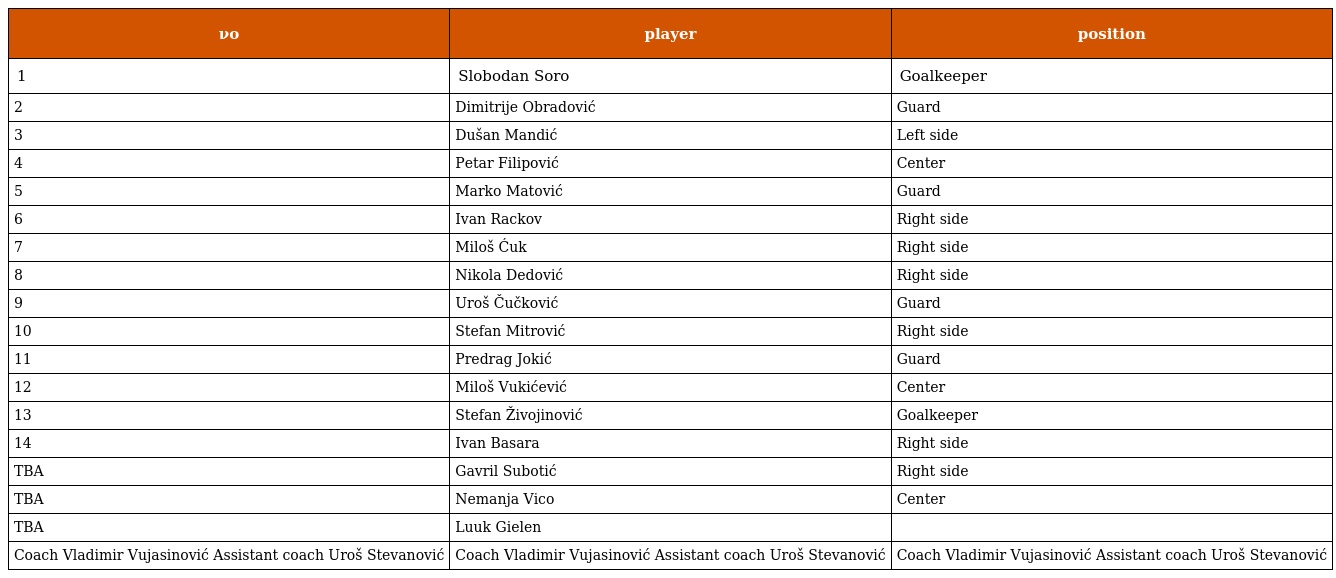
| νο | player | position |
 | --- | --- | --- |
 | 1 | Slobodan Soro | Goalkeeper |
 | 2 | Dimitrije Obradović | Guard |
 | 3 | Dušan Mandić | Left side |
 | 4 | Petar Filipović | Center |
 | 5 | Marko Matović | Guard |
 | 6 | Ivan Rackov | Right side |
 | 7 | Miloš Ćuk | Right side |
 | 8 | Nikola Dedović | Right side |
 | 9 | Uroš Čučković | Guard |
 | 10 | Stefan Mitrović | Right side |
 | 11 | Predrag Jokić | Guard |
 | 12 | Miloš Vukićević | Center |
 | 13 | Stefan Živojinović | Goalkeeper |
 | 14 | Ivan Basara | Right side |
 | TBA | Gavril Subotić | Right side |
 | TBA | Nemanja Vico | Center |
 | TBA | Luuk Gielen |  |
 | Coach Vladimir Vujasinović Assistant coach Uroš Stevanović | Coach Vladimir Vujasinović Assistant coach Uroš Stevanović | Coach Vladimir Vujasinović Assistant coach Uroš Stevanović |